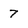
Character: 7